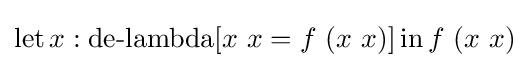
\operatorname {let} x:\operatorname {de-lambda} [x\ x=f\ (x\ x)]\operatorname {in} f\ (x\ x)